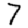
Digit: 7